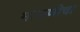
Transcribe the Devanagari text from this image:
मोजणीचा